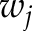
w _ { j }